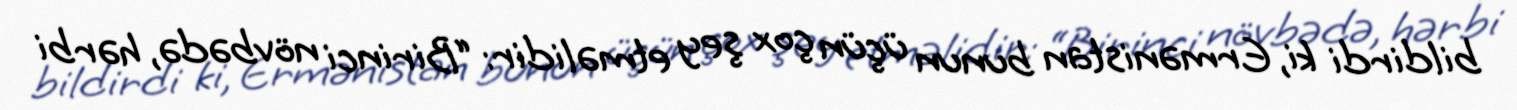
bildirdi ki, Ermənistan bunun üçün çox şey etməlidir: “Birinci növbədə, hərbi